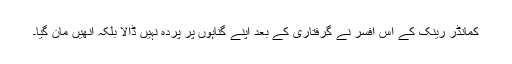
کمانڈر رینک کے اس افسر نے گرفتاری کے بعد اپنے گناہوں پر پردہ نہیں ڈالا بلکہ انھیں مان گیا۔